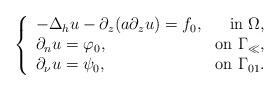
LaTeX: \begin{align*} \left\{ \begin{array}{lr} - \Delta_hu-\partial_z(a\partial_zu)=f_0,&\mbox{in }\Omega,\\ \partial_nu=\varphi_0,&\mbox{on }\Gamma_\ll,\\ \partial_\nu u=\psi_0,&\mbox{on }\Gamma_{01}. \end{array} \right.\end{align*}